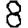
Digit: 8